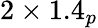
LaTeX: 2\times 1.4_{p}